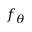
f _ { \theta }